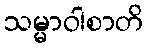
သမ္မာဝါစာတိ